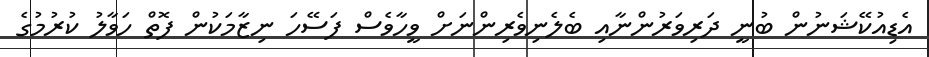
އެޑިއުކޭޝަނުން ބުނީ ދަރިވަރުންނާއި ބެލެނިވެރިންނަށް ވީހާވެސް ފަސޭހަ ނިޒާމަކުން ފޮތް ހަވާލު ކުރުމުގެ